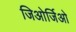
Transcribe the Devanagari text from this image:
जिओर्जिओ